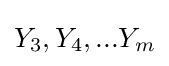
Y_{3},Y_{4},...Y_{m}